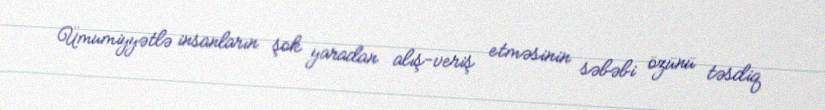
Ümumiyyətlə insanların şok yaradan alış-veriş etməsinin səbəbi özünü təsdiq